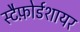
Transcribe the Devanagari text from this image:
स्टैफ़ोर्डशायर